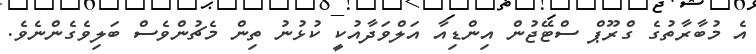
އެ މުބާރާތުގެ ގްރޫޕް ސްޓޭޖުން އިންޑިއާ އަލްވަދާއުކީ ކުޅުނު ތިން މެޗުންވެސް ބަލިވެގެންނެވެ.